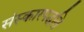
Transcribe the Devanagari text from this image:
संस्कारपद्धति